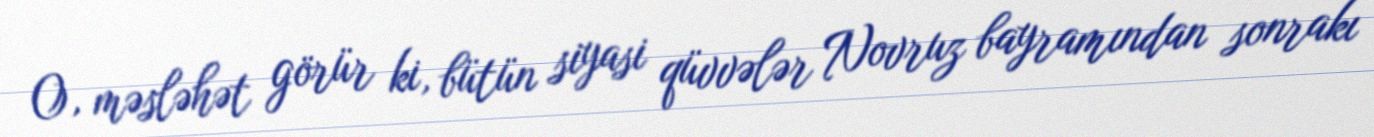
O, məsləhət görür ki, bütün siyasi qüvvələr Novruz bayramından sonrakı